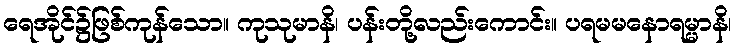
ရေအိုင်၌ဖြစ်ကုန်သော။ ကုသုမာနိ၊ ပန်းတို့လည်းကောင်း။ ပရမမနောရမ္မာနိ၊